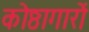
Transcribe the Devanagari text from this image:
कोष्ठागारों